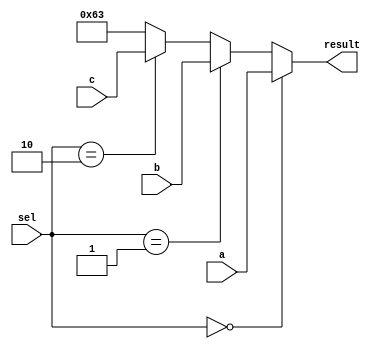
module mux3(input [31:0] a, input [31:0] b, input [31:0] c, input [1:0] sel, output [31:0] result);

	assign result = 	(sel == 2'b00) ? a : 
							((sel == 2'b01) ? b :
							((sel == 2'b10) ? c :
							 99)); // Debugging purposes
endmodule